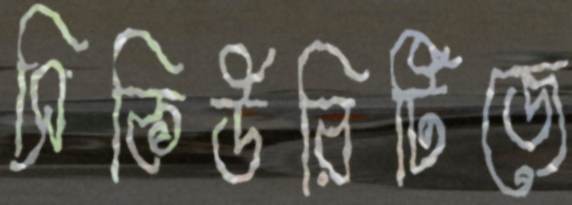
সিকিউরিটিজে